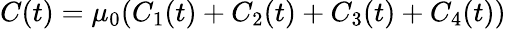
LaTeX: C(t)=\mu_{0}(C_{1}(t)+C_{2}(t)+C_{3}(t)+C_{4}(t))